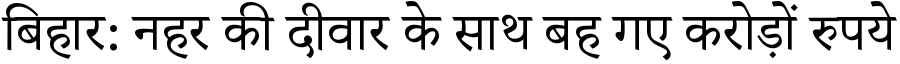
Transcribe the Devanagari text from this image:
बिहार: नहर की दीवार के साथ बह गए करोड़ों रुपये